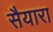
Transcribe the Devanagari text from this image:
सैयारा